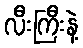
လီးကြီးနဲ့